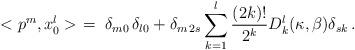
LaTeX: \begin{align*}< p^{m} , x_0^l> \ = \ \delta_{m 0}\,\delta_{l 0} + \delta_{m\, 2s} \sum_{k=1}^{l} \frac{(2k)!}{2^k} D_k^{l}(\kappa , \beta) \delta_{s k}\, .\end{align*}